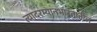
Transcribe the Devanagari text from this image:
त्यादरम्यानभारतातील